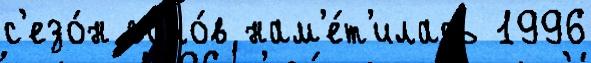
с'езо́н голо́в нам'е́т'илась 1996